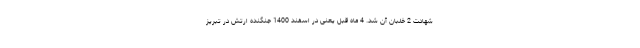
شهادت 2 خلبان آن شد. 4 ماه قبل یعنی در اسفند 1400 جنگنده ارتش در تبریز